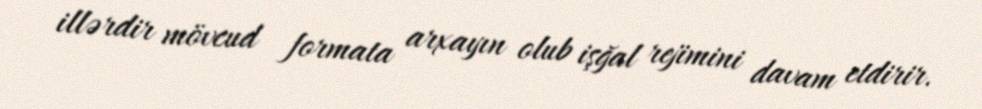
illərdir mövcud formata arxayın olub işğal rejimini davam etdirir.